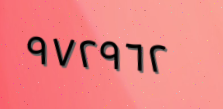
٩٧٢٩٦٢